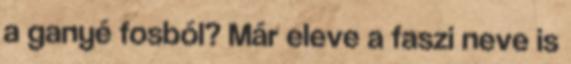
a ganyé fosból? Már eleve a faszi neve is